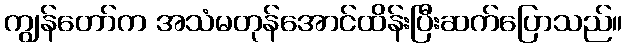
ကျွန်တော်က အသံမတုန်အောင်ထိန်းပြီးဆက်ပြောသည်။